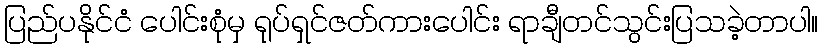
ပြည်ပနိုင်ငံ ပေါင်းစုံမှ ရုပ်ရှင်ဇတ်ကားပေါင်း ရာချီတင်သွင်းပြသခဲ့တာပါ။